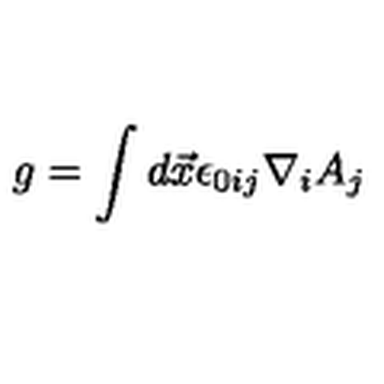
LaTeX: g = \int d \vec { x } \epsilon _ { 0 i j } \nabla _ { i } A _ { j }